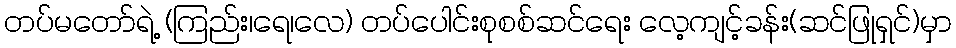
တပ်မတော်ရဲ့ (ကြည်း၊ရေ၊လေ) တပ်ပေါင်းစုစစ်ဆင်ရေး လေ့ကျင့်ခန်း(ဆင်ဖြုရှင်)မှာ